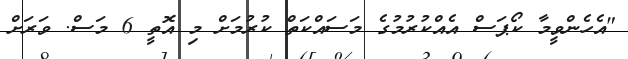
"އެހެންވީމާ ކޯޕަސް އެއްކުރުމުގެ މަސައްކަތް ކުރުމަށް މި އޮތީ 6 މަސް. ވަރަށް